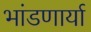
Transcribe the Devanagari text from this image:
भांडणार्या